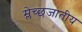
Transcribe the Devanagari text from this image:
म्लेच्छजातीय